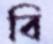
বি